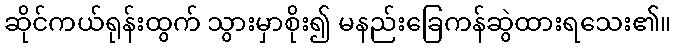
ဆိုင်ကယ်ရုန်းထွက် သွားမှာစိုး၍ မနည်းခြေကန်ဆွဲထားရသေး၏။